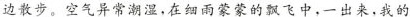
边散步。空气异常潮湿，在细雨蒙蒙的飘飞中，一出来，我的